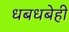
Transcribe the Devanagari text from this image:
धबधबेही